Scientific memoirs by medical officers of the Army of India - Part V,
Year: 1890
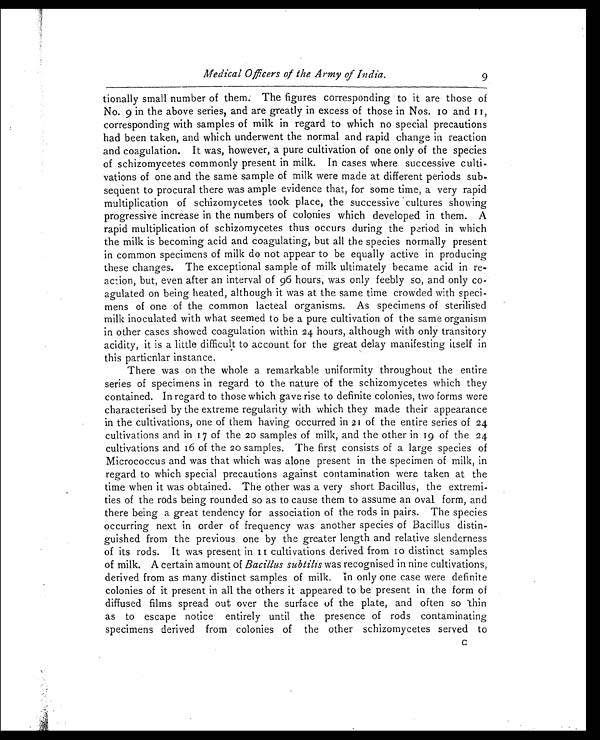
Medical Officers of the Army of India.
9
tionally small number of them. The figures corresponding to it are those of
No. 9 in the above series, and are greatly in excess of those in Nos. 10 and 11,
corresponding with samples of milk in regard to which no special precautions
had been taken, and which underwent the normal and rapid change in reaction
and coagulation. It was, however, a pure cultivation of one only of the species
of schizomycetes commonly present in milk. In cases where successive culti
- vations of one and the same sample of milk were made at different periods sub
- s e q u e n t t o p r o c u r a l t h e r e w a s a m p l e e v i d e n c e t h a t , f o r s o m e t i m e , a v e r y r a p i d
multiplication of schizomycetes took place, the successive cultures showing
progressive increase in the numbers of colonies which developed in them. A
rapid multiplication of schizomycetes thus occurs during the period in which
the milk is becoming acid and coagulating, but all the species normally present
in common specimens of milk do not appear to be equally active in producing
these changes. The exceptional sample of milk ultimately became acid in re
- action, but, even after an interval of 96 hours, was only feebly so, and only co
- agulated on being heated, although it was at the same time crowded with speci
- m e n s o f o n e o f t h e c o m m o n l a c t e a l o r g a n i s m s . A s s p e c i m e n s o f s t e r i l i s e d
milk inoculated with what seemed to be a pure cultivation of the same organism
in other cases showed coagulation within 24 hours, although with only transitory
acidity, it is a little difficult to account for the great delay manifesting itself in
this particnlar instance.
There was on the whole a remarkable uniformity throughout the entire
series of specimens in regard to the nature of the schizomycetes which they
contained. In regard to those which gave rise to definite colonies, two forms were
characterised by the extreme regularity with which they made their appearance
in the cultivations, one of them having occurred in 21 of the entire series of 24
cultivations and in 17 of the 20 samples of milk, and the other in 19 of the 24
cultivations and in 16 of the 20s a m p l e s . T h e f i r s t c o n s i s t s o f a l a r g e s p e c i e s o f
Micrococcus and was that which was alone present in the specimen of milk, in
regard to which special precautions against contamination were taken at the
time when it was obtained. The other was a very short Bacillus, the extremi
-ties of the rods being rounded so as to cause them to assume an oval form, and
there being a great tendency for association of the rods in pairs. The species
occurring next in order of frequency was another species of Bacillus distin
- g u i s h e d f r o m t h e p r e v i o u s o n e b y t h e g r e a t e r l e n g t h a n d r e l a t i v e s l e n d e r n e s s
of its rods. It was present in 11 cultivations derived from 10 distinct samples
of milk. A certain amount of Bacillus subtilis was recognised in nine cultivations,
derived from as many distinct samples of milk. In only one case were definite
colonies of it present in all the others it appeared to be present in the form of
diffused films spread out over the surface of the plate, and often so thin
as to escape notice entirely until the presence of rods contaminating
specimens derived from colonies of the other schizomycetes served to